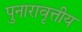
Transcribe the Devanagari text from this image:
पुनारावृत्तीय